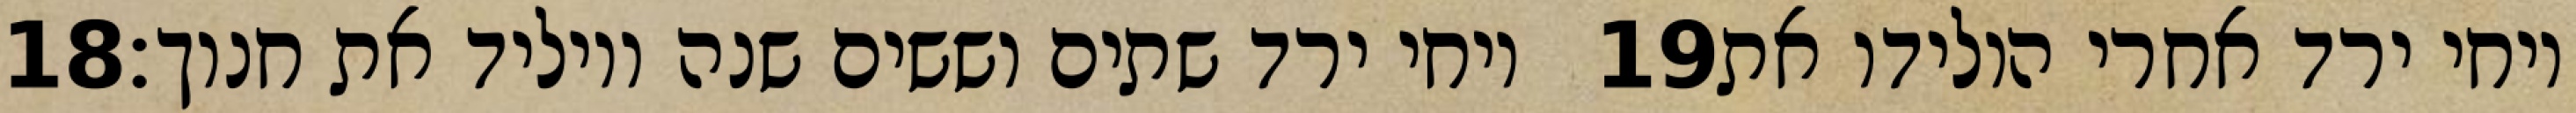
‎18‏ ויחי ירד שתים וששים שנה ויוליד את חנוך׃ ‎19‏ ויחי ירד אחרי הולידו את